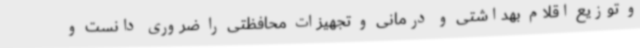
و توزیع اقلام بهداشتی و درمانی و تجهیزات محافظتی را ضروری دانست و